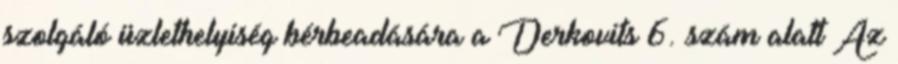
szolgáló üzlethelyiség bérbeadására a Derkovits 6. szám alatt Az